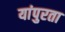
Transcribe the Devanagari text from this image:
यांपुरता